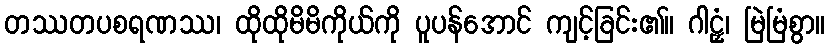
တဿတပစရဏဿ၊ ထိုထိုမိမိကိုယ်ကို ပူပန်အောင် ကျင့်ခြင်း၏။ ဂါဠှံ၊ မြဲမြံစွာ။